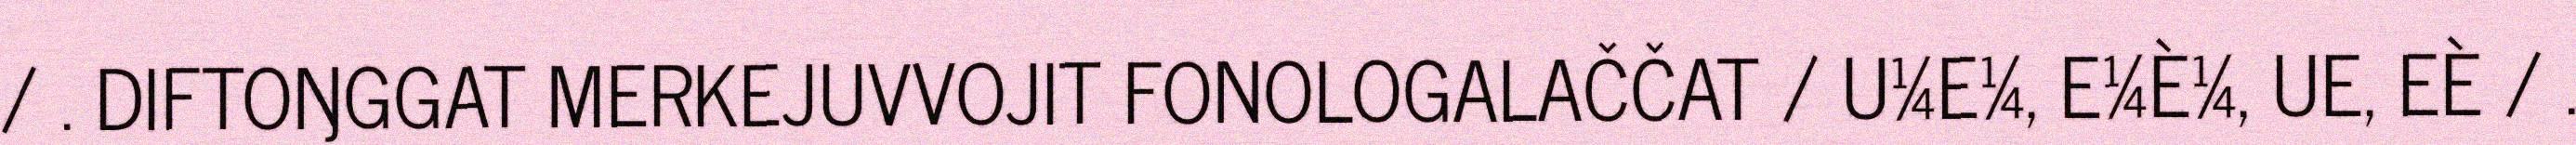
/ . DIFTOŊGGAT MERKEJUVVOJIT FONOLOGALAČČAT / U¼E¼, E¼È¼, UE, EÈ / .